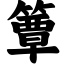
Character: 簟